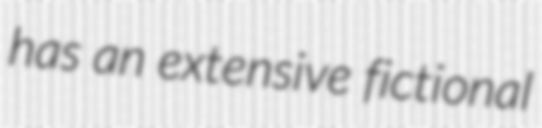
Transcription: has an extensive fictional